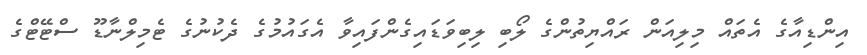
އިންޑިއާގެ އެތައް މިލިއަން ރައްޔިތުންގެ ލޯބި ލިބިވަޑައިގެންފައިވާ އެގައުމުގެ ދެކުނުގެ ޓެމިލްނާޑޫ ސްޓޭޓްގެ